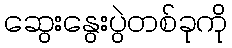
ဆွေးနွေးပွဲတစ်ခုကို